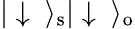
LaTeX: |\downarrow\ \rangle_{\mathrm{s}}|\downarrow\ \rangle_{\mathrm{o}}